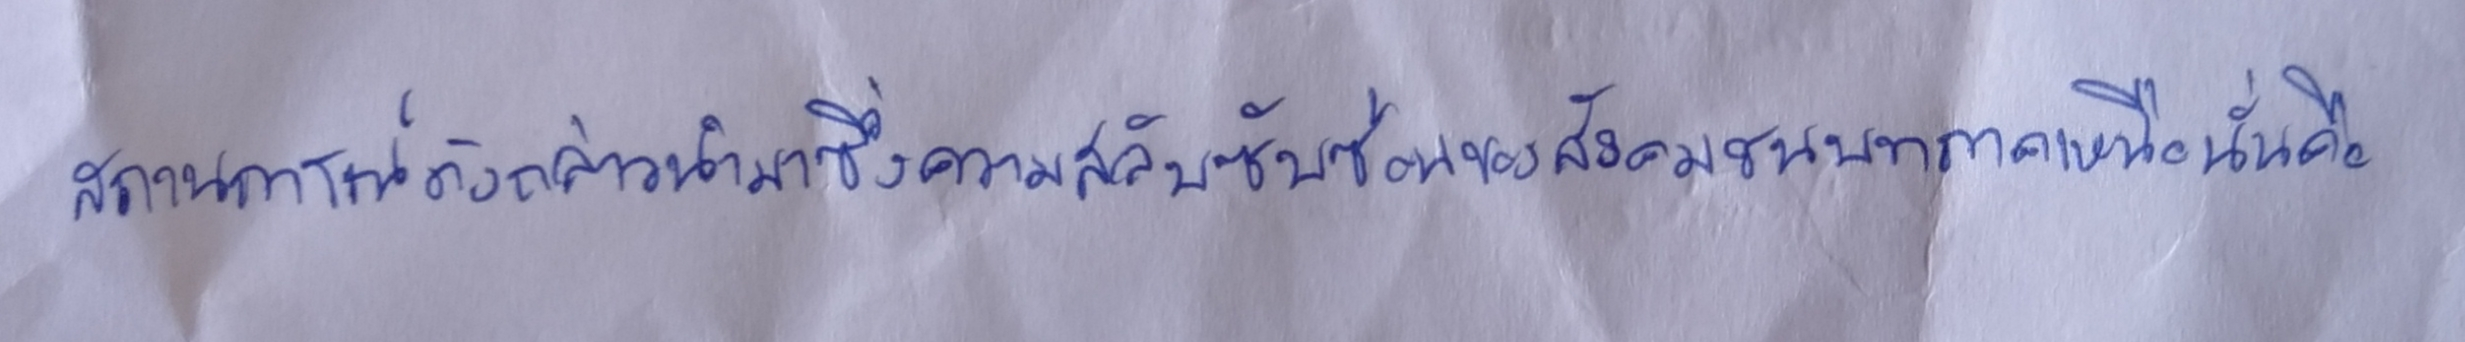
สถานการณ์ดังกล่าวนำมาซึ่งความสลับซับซ้อนของสังคมชนบทภาคเหนือนั่นคือ